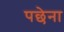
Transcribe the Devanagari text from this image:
पछेना